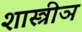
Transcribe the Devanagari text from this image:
शास्त्रीञ